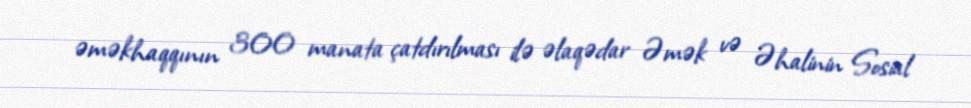
əməkhaqqının 300 manata çatdırılması ilə əlaqədar Əmək və Əhalinin Sosial